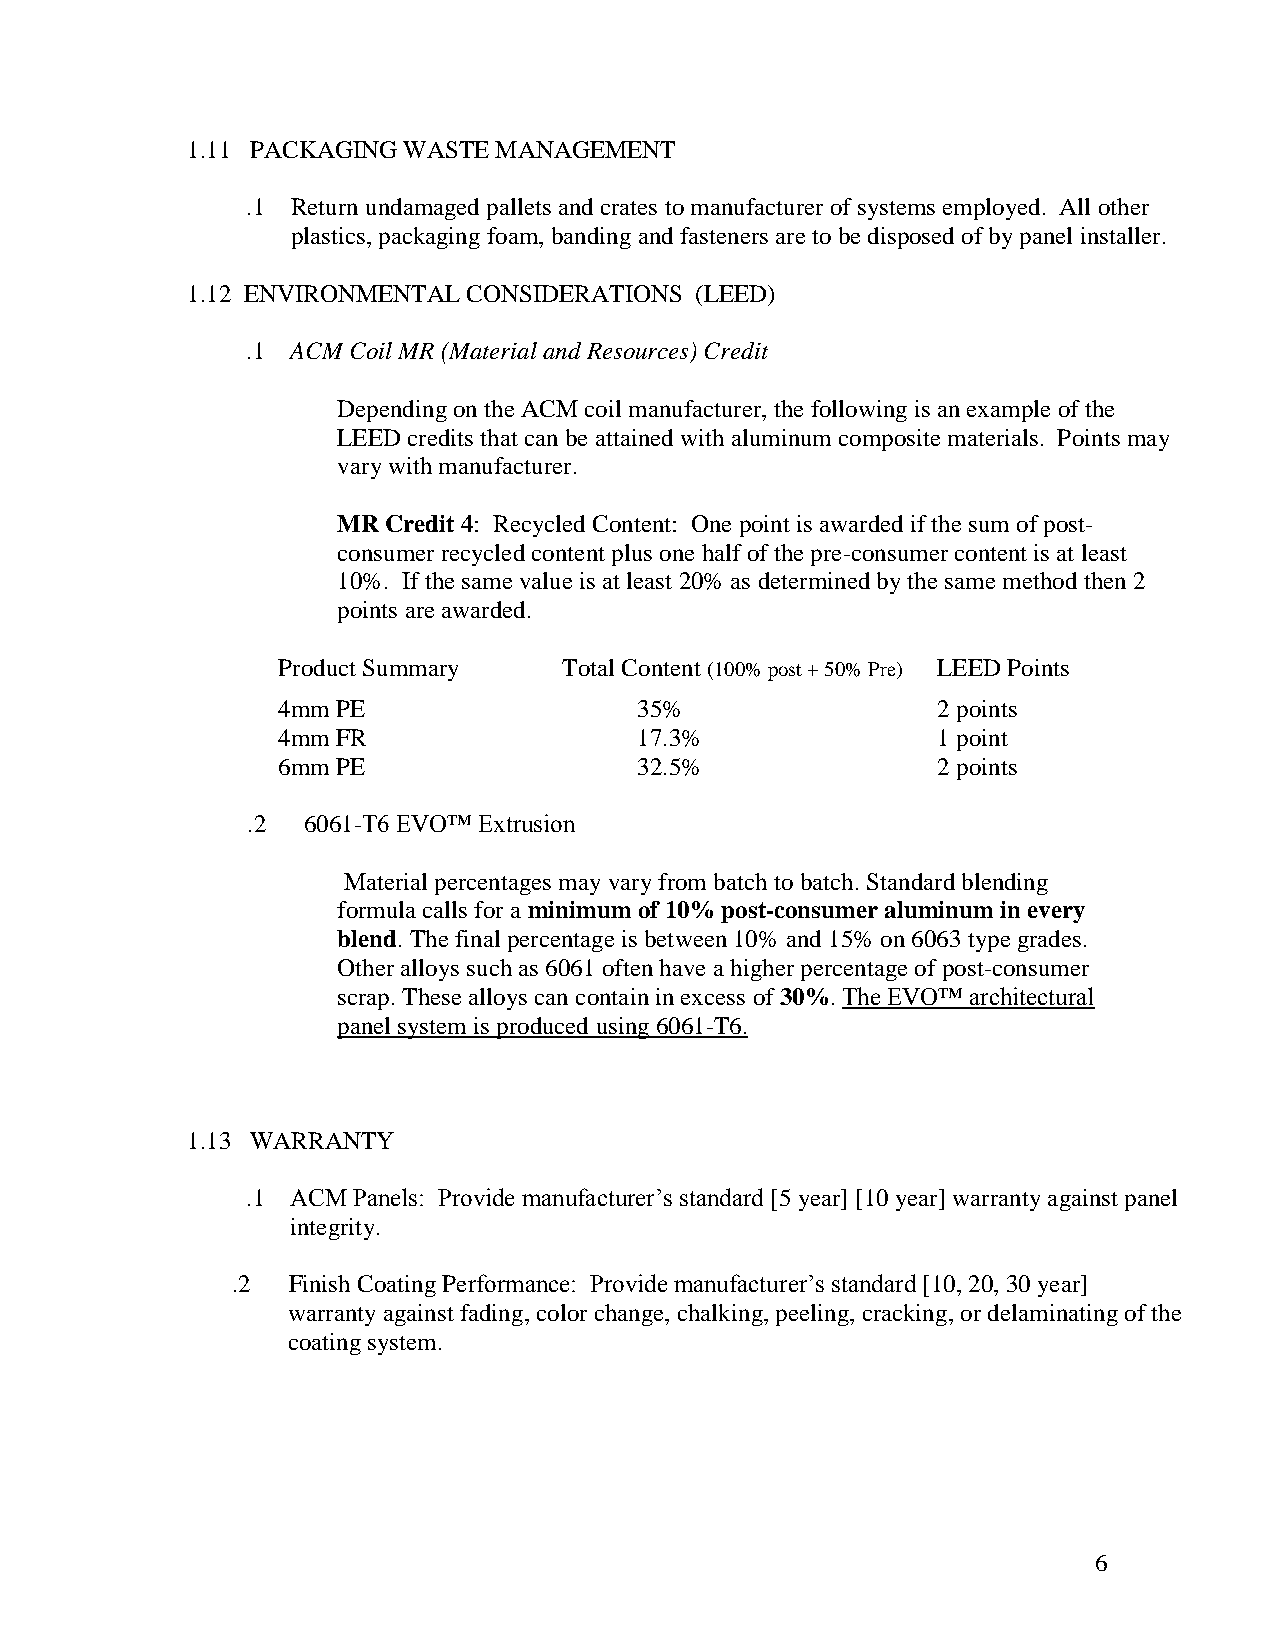
1.11 PACKAGING WASTE MANAGEMENT
 .1 Return undamaged pallets and crates to manufacturer of systems employed. All other
 plastics, packaging foam, banding and fasteners are to be disposed of by panel installer.
 1.12 ENVIRONMENTAL CONSIDERATIONS (LEED)
 .1 ACM Coil MR (Material and Resources) Credit
 Depending on the ACM coil manufacturer, the following is an example of the
 LEED credits that can be attained with aluminum composite materials. Points may
 vary with manufacturer.
 MR Credit 4: Recycled Content: One point is awarded if the sum of post-
 consumer recycled content plus one half of the pre-consumer content is at least
 10%. If the same value is at least 20% as determined by the same method then 2
 points are awarded.
 Product Summary    Total Content (100% post + 50% Pre) LEED Points
 4mm PE                  35%                 2 points
 4mm FR                  17.3%               1 point
 6mm PE                  32.5%               2 points
 .2  6061-T6 EVO™ Extrusion
 Material percentages may vary from batch to batch. Standard blending
 formula calls for a minimum of 10% post-consumer aluminum in every
 blend. The final percentage is between 10% and 15% on 6063 type grades.
 Other alloys such as 6061 often have a higher percentage of post-consumer
 scrap. These alloys can contain in excess of 30%. The EVO™ architectural
 panel system is produced using 6061-T6.
 1.13 WARRANTY
 .1 ACM Panels: Provide manufacturer’s standard [5 year] [10 year] warranty against panel
 integrity.
 .2  Finish Coating Performance: Provide manufacturer’s standard [10, 20, 30 year]
 warranty against fading, color change, chalking, peeling, cracking, or delaminating of the
 coating system.
 6